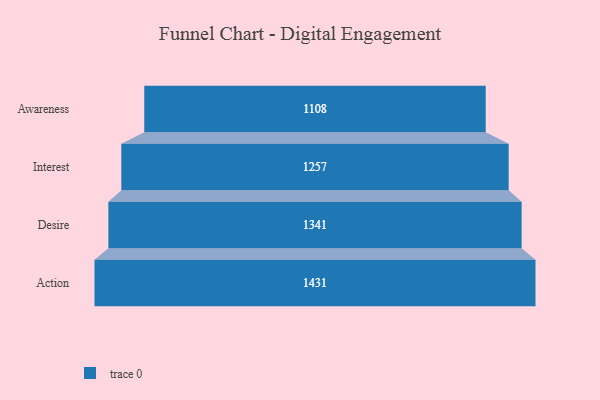
{"axis": {"x": "Stage", "y": "Value"}, "legend": [""], "data": [{"x": "Awareness", "y": 1108.0, "type": ""}, {"x": "Interest", "y": 1257.0, "type": ""}, {"x": "Desire", "y": 1341.0, "type": ""}, {"x": "Action", "y": 1431.0, "type": ""}]}